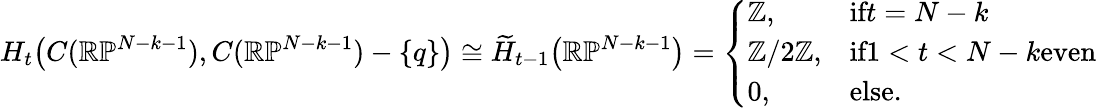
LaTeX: H_{t}\big(C(\mathbb{R}\mathbb{P}^{N-k-1}),C(\mathbb{R}\mathbb{P}^{N-k-1})-\{ q\} \big)\cong\widetilde{H}_{t-1}\big(\mathbb{R}\mathbb{P}^{N-k-1}\big)=\left\{ \begin{array}{ll}{\mathbb{Z},}&{\textrm{if}t=N-k}\\ {\mathbb{Z}/2\mathbb{Z},}&{\textrm{if}1<t<N-k\textrm{even}}\\ {0,}&{\textrm{else.}}\end{array}\right.